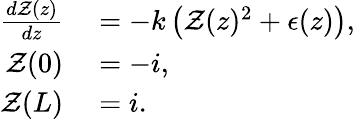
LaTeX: \begin{array}{rl}{\frac{d\mathcal{Z}(z)}{dz}}&{{}=-k\left(\mathcal{Z}(z)^{2}+\epsilon(z)\right),}\\ {\mathcal{Z}(0)}&{{}=-i,}\\ {\mathcal{Z}(L)}&{{}=i.}\end{array}